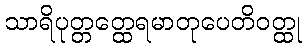
သာရိပုတ္တတ္ထေရမာတုပေတိဝတ္ထု